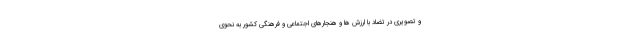
و تصویری در تضاد با ارزش ها و هنجارهای اجتماعی و فرهنگی کشور به نحوی